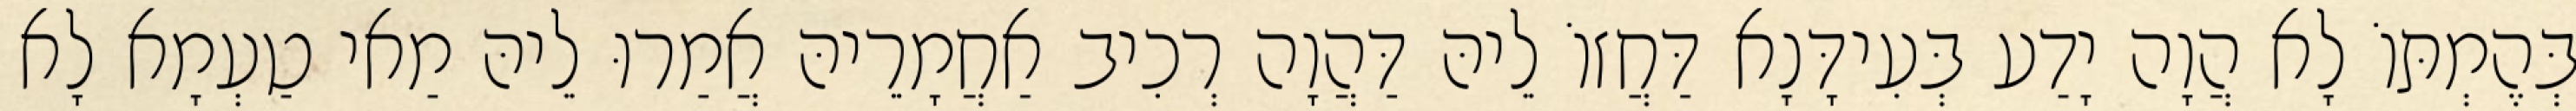
בְּהֶמְתּוֹ לָא הֲוָה יָדַע בְּעִידָּנָא דַּחֲזוֹ לֵיהּ דַּהֲוָה רְכִיב אַחֲמָרֵיהּ אֲמַרוּ לֵיהּ מַאי טַעְמָא לָא